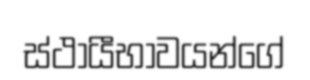
ස්ථායීභාවයන්ගේ